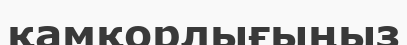
қамқорлығыңыз